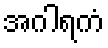
အဂါရကံ